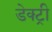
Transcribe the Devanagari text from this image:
डेक्ट्री